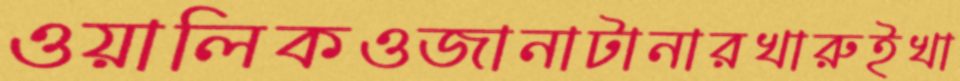
ওয়ালিকওজানাটানারখারুইখা